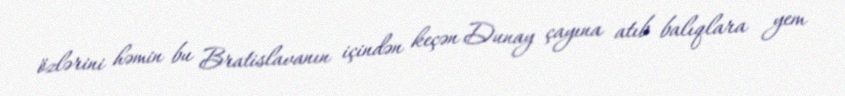
özlərini həmin bu Bratislavanın içindən keçən Dunay çayına atıb balıqlara yem